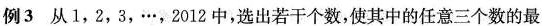
例3从1，2，3，…，2012中，选出若干个数，使其中的任意三个数的最